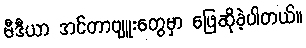
မီဒီယာ အင်တာဗျူးတွေမှာ ဖြေဆိုခဲ့ပါတယ်။